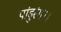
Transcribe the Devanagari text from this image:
पांडुरंग।।